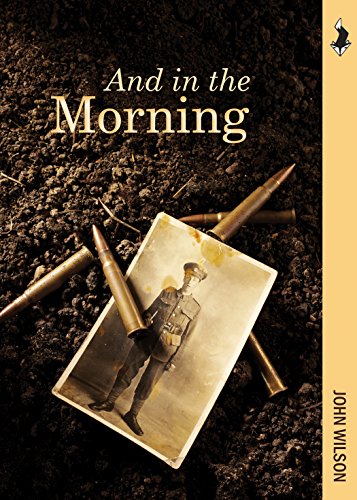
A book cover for And in the Morning: The Somme, 1916 (Fields of Conflict); John Wilson; Teen & Young Adult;